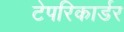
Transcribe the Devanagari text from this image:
टेपरिकार्डर